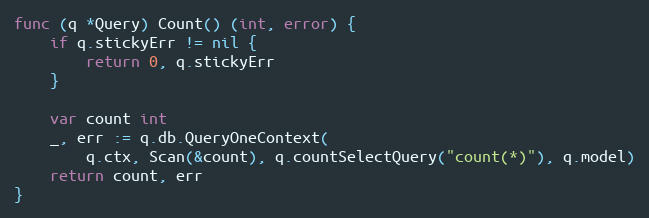
Language: Go
func (q *Query) Count() (int, error) {
	if q.stickyErr != nil {
		return 0, q.stickyErr
	}

	var count int
	_, err := q.db.QueryOneContext(
		q.ctx, Scan(&count), q.countSelectQuery("count(*)"), q.model)
	return count, err
}